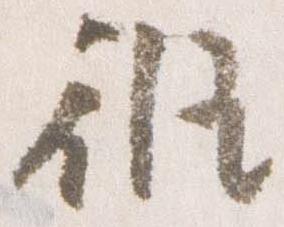
修